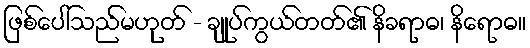
ဖြစ်ပေါ်သည်မဟုတ် - ချုပ်ကွယ်တတ်၏ နိခရာဓ၊ နိရောဓ။